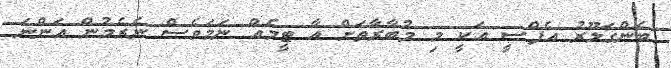
ބެންގަލޫރު އެފްސީ އަކީ މި މުބާރާތަށް އާ ޓީމެއް ނަމަވެސް ނެރެމުން އަންނަ